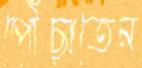
পৌঁছাতেন